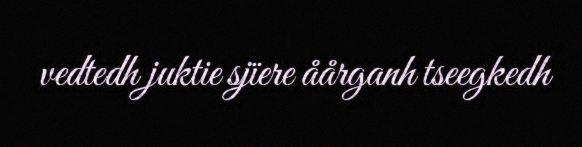
vedtedh juktie sjïere åårganh tseegkedh